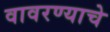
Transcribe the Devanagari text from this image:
वावरण्याचे